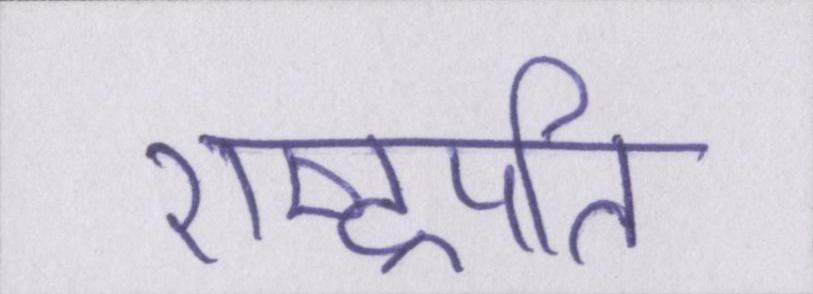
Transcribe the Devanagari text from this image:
राष्ट्रपति